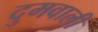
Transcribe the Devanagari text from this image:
दुमवाली